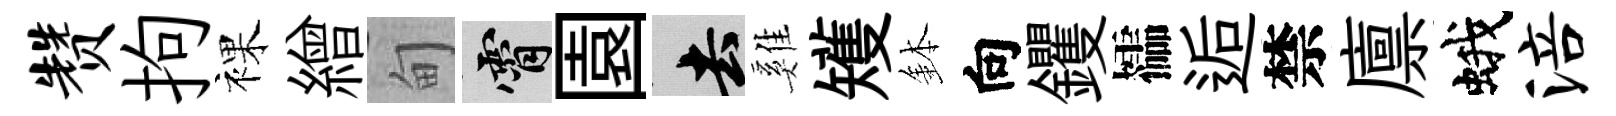
赞拘裸繒甸霄園去雞矱鉢向钁櫺逅禁廪蛾涪